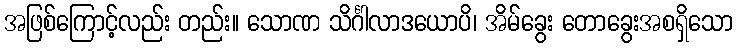
အဖြစ်ကြောင့်လည်း တည်း။ သောဏ သိင်္ဂါလာဒယောပိ၊ အိမ်ခွေး တောခွေးအစရှိသော